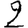
Digit: 2